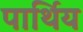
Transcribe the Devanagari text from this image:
पार्थिय